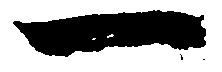
一